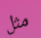
مثل